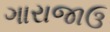
ગારાજાઉ